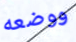
ووضعه